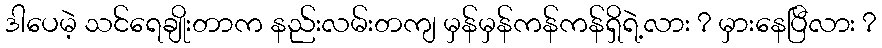
ဒါပေမဲ့ သင်ရေချိုးတာက နည်းလမ်းတကျ မှန်မှန်ကန်ကန်ရှိရဲ့လား ? မှားနေပြီလား ?